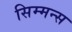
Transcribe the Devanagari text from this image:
सिम्मन्स